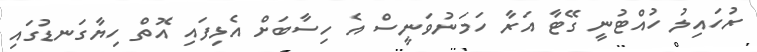
ރުހައިލު ހުއްޓުނީ ގޭޓާ އަރާ ހަމަނުވަނީސް އެ ހިސާބަށް އެޅިފައި އޮތް ހިޔާގަނޑުގައި